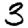
Digit: 3